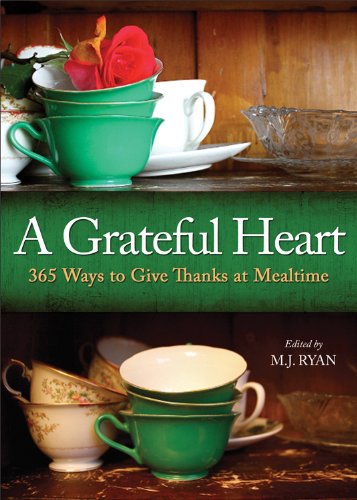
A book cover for A Grateful Heart: 365 Ways to Give Thanks at Mealtime; Religion & Spirituality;